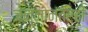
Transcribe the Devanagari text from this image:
जन्मानंतरही